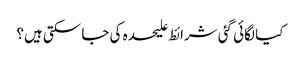
کیا لگائی گئی شرائط علیحدہ کی جا سکتی ہیں؟